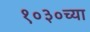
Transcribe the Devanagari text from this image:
१०३०च्या